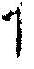
1